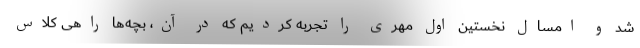
شد و امسال نخستین اول مهری را تجربه کردیم که در آن، بچه‌ها راهی کلاس